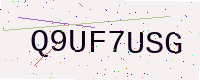
Text: Q9UF7USG